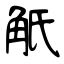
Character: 觗